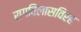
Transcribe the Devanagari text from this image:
रागविलासविरह